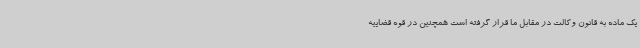
یک ماده به قانون وکالت در مقابل ما قرار گرفته است همچنین در قوه قضاییه